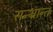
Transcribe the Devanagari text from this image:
सन्भ्रान्त